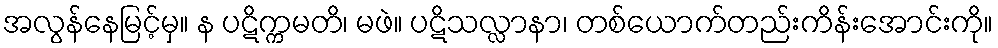
အလွန်နေမြင့်မှ။ န ပဋိက္ကမတိ၊ မဖဲ။ ပဋိသလ္လာနာ၊ တစ်ယောက်တည်းကိန်းအောင်းကို။